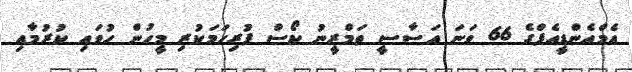
އެމްއެންޑީއެފްގެ 66 ވަނަ އަސާސީ ތަމްރީނު ކޯސް ފުރިހަމަކުރި މީހުން ހުވައި ކުރުމާއި